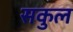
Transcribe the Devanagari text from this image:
सकुल